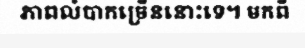
ភាពលំបាកច្រើននោះទេ។ មកពី